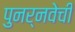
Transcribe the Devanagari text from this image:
पुनर्नवेची